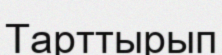
Тарттырып